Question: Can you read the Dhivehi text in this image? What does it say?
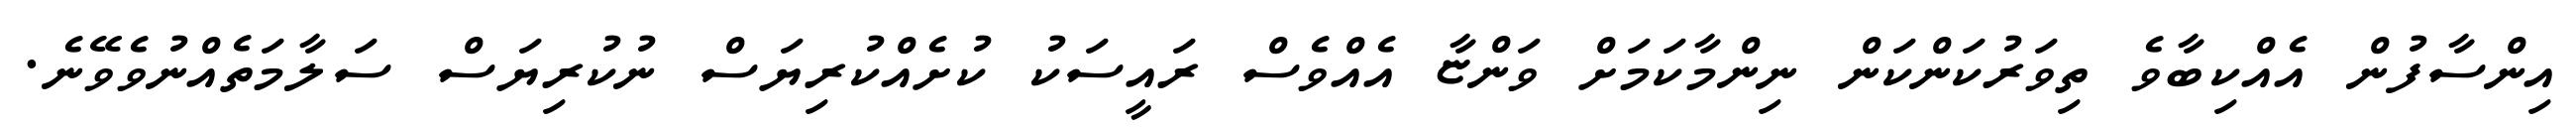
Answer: އިންސާފުން އެއްކިބާވެ ތިވަރުކަންކަން ނިންމާކަމަށް ވަންޏާ އެއްވެސް ރައީސަކު ކުށެއްކުރިޔަސް ނުކުރިޔަސް ސަލާމަތެއްނުވެވޭނެ.